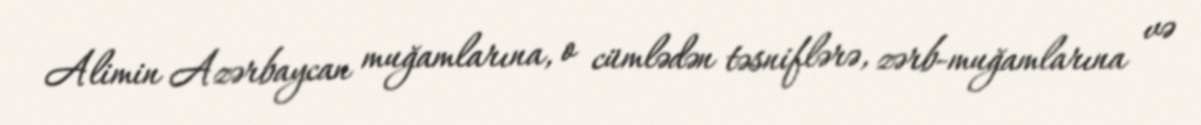
Alimin Azərbaycan muğamlarına, o cümlədən təsniflərə, zərb-muğamlarına və